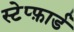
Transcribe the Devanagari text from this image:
स्टेप्फ़ार्ड